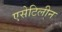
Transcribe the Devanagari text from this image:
एसेटिलीन